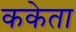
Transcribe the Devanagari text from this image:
ककेता